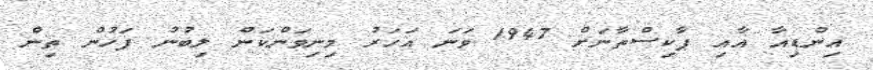
އިންޑިއާ އާއި ޕާކިސްތާނަށް 1947 ވަނަ އަހަރު މިނިވަންކަން ލިބުނު ފަހުން ތިން